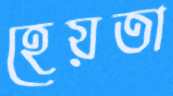
হেয়তা